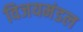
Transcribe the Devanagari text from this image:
विजयमंडल